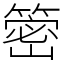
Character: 䈼